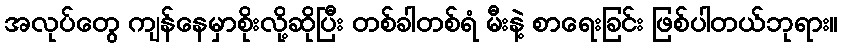
အလုပ်တွေ ကျန်နေမှာစိုးလို့ဆိုပြီး တစ်ခါတစ်ရံ မီးနဲ့ စာရေးခြင်း ဖြစ်ပါတယ်ဘုရား။